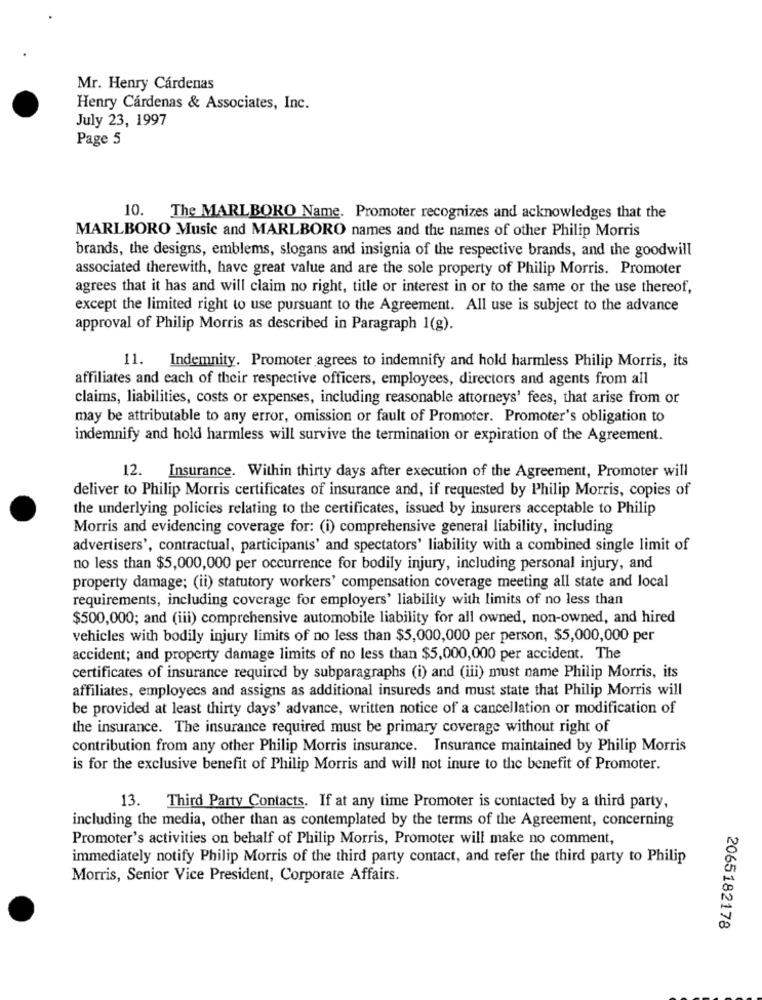
Mr. Henry Cárdenas
Henry Cárdenas & Associates, Inc.
July 23, 1997
Page 5
10.
The MARLBORO Name. Promoter recognizes and acknowledges that the
MARLBORO Music and MARLBORO names and the names of other Philip Morris
brands, the designs, emblems, slogans and insignia of the respective brands, and the goodwill
associated therewith, have great value and are the sole property of Philip Morris. Promoter
agrees that it has and will claim no right, title or interest in or to the same or the use thereof,
except the limited right to use pursuant to the Agreement. All use is subject to the advance
approval of Philip Morris as described in Paragraph 1(g).
11. Indemnity. Promoter agrees to indemnify and hold harmless Philip Morris, its
affiliates and each of their respective officers, employees, directors and agents from all
claims, liabilities, costs or expenses, including reasonable attorneys' fees, that arise from or
may be attributable to any error, omission or fault of Promoter. Promoter's obligation to
indemnify and hold harmless will survive the termination or expiration of the Agreement.
12. Insurance. Within thirty days after execution of the Agreement, Promoter will
deliver to Philip Morris certificates of insurance and, if requested by Philip Morris, copies of
the underlying policies relating to the certificates, issued by insurers acceptable to Philip
Morris and evidencing coverage for: (i) comprehensive general liability, including
advertisers', contractual, participants' and spectators' liability with a combined single limit of
no less than $5,000,000 per occurrence for bodily injury, including personal injury, and
property damage; (ii) statutory workers' compensation coverage meeting all state and local
requirements, including coverage for employers' liability with limits of no less than
$500,000; and (iii) comprehensive automobile liability for all owned, non-owned, and hired
vehicles with bodily injury limits of no less than $5,000,000 per person, $5,000,000 per
accident; and property damage limits of no less than $5,000,000 per accident. The
certificates of insurance required by subparagraphs (i) and (iii) must name Philip Morris, its
affiliates, employecs and assigns as additional insureds and must state that Philip Morris will
be provided at least thirty days' advance, written notice of a cancellation or modification of
the insurance. The insurance required must be primary coverage without right of
contribution from any other Philip Morris insurance. Insurance maintained by Philip Morris
is for the exclusive benefit of Philip Morris and will not inure to the benefit of Promoter.
13. Third Party Contacts. If at any time Promoter is contacted by a third party,
including the media, other than as contemplated by the terms of the Agreement, concerning
Promoter's activities on behalf of Philip Morris, Promoter will make no comment,
immediately notify Philip Morris of the third party contact, and refer the third party to Philip
Morris, Senior Vice President, Corporate Affairs.
2065182178